Indian journal of veterinary science and animal husbandry - Volume 7,
Year: 1937
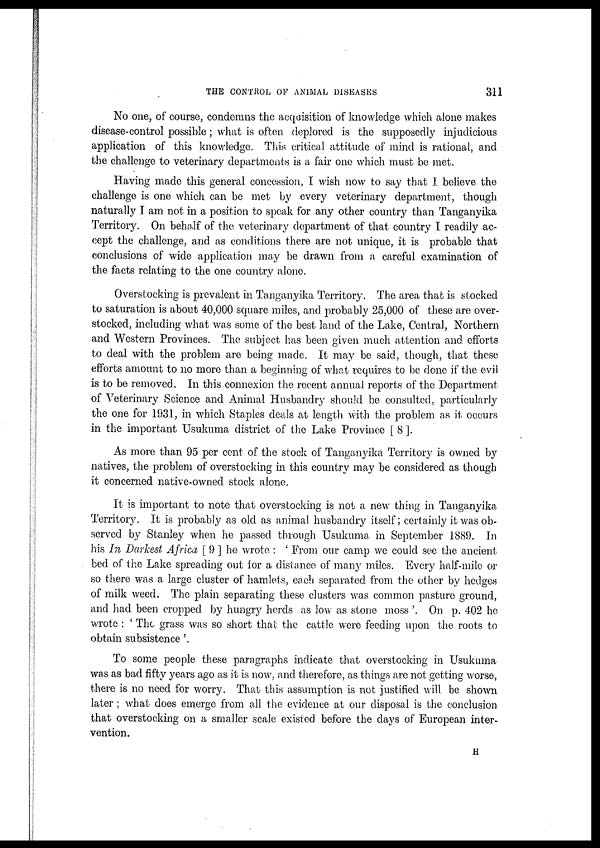
THE CONTROL OF ANIMAL DISEASES
311
No one, of course, condemns the acquisition of knowledge which alone makes
disease-control possible; what is often deplored is the supposedly injudicious
application of this knowledge. This critical attitude of mind is rational, and
the challenge to veterinary departments is a fair one which must be met.
Having made this general concession, I wish now to say that I believe the
challenge is one which can be met by every veterinary department, though
naturally I am not in a position to speak for any other country than Tanganyika
Territory On behalf of the veterinary department of that country I readily ac-
cept the challenge, and as conditions there are not unique, it is probable that
conclusions of wide application may be drawn from a careful examination of
the facts relating to the one country alone.
Overstocking is prevalent in Tanganyika Territory. The area that is stocked
to saturation is about 40,000 square miles, and probably 25,000 of these are over-
stocked, including what was some of the best land of the Lake, Central, Northern
and Western Provinces. The subject has been given much attention and efforts
to deal with the problem are being made. It may be said, though, that these
efforts amount to no more than a beginning of what requires to be done if the evil
is to be removed. In this connexion the recent annual reports of the Department
of Veterinary Science and Animal Husbandry should be consulted, particularly
the one for 1931, in which Staples deals at length with the problem as it occurs
in the important Usukuma district of the Lake Province [8].
As more than 95 per cent of the stock of Tanganyika Territory is owned by
natives, the problem of overstocking in this country may be considered as though
it concerned native-owned stock alone.
It is important to note that overstocking is not a new thing in Tanganyika
Territory. It is probably as old as animal husbandry itself; certainly it was ob-
served by Stanley when he passed through Usukuma in September 1889. In
his In Darkest Africa [ 9 ] he wrote : ' From our camp we could see the ancient
bed of the Lake spreading out for a distance of many miles. Every half-mile or
so there was a large cluster of hamlets, each separated from the other by hedges
of milk weed. The plain separating these clusters was common pasture ground,
and had been cropped by hungry herds as low as stone moss '. On p. 402 he
wrote : ' The grass was so short that the cattle were feeding upon the roots to
obtain subsistence '.
To some people these paragraphs indicate that overstocking in Usukuma
was as bad fifty years ago as it is now. and therefore, as things are not getting worse,
there is no need for worry. That this assumption is not justified will be shown
later ; what does emerge from all the evidence at our disposal is the conclusion
that overstocking on a smaller scale existed before the days of European inter-
vention.
H